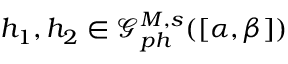
h _ { 1 } , h _ { 2 } \in \mathcal { G } _ { p h } ^ { M , s } ( [ \alpha , \beta ] )